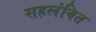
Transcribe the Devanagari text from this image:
सहलंबित